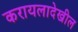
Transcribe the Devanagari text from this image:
करायलादेखील